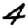
Digit: 4